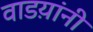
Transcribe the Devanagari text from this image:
वाडय़ांनी